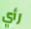
رأي